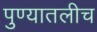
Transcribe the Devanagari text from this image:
पुण्यातलीच